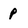
Character: p